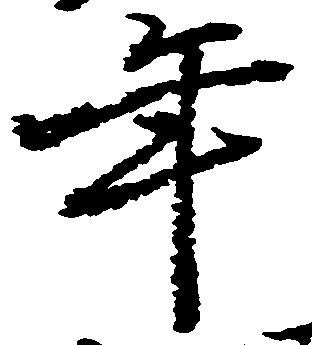
年